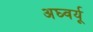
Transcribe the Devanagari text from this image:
अघ्वर्यू